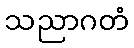
သညာဂတံ